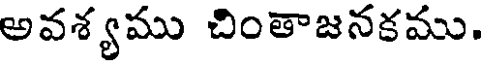
అవశ్యము చింతాజనకము.